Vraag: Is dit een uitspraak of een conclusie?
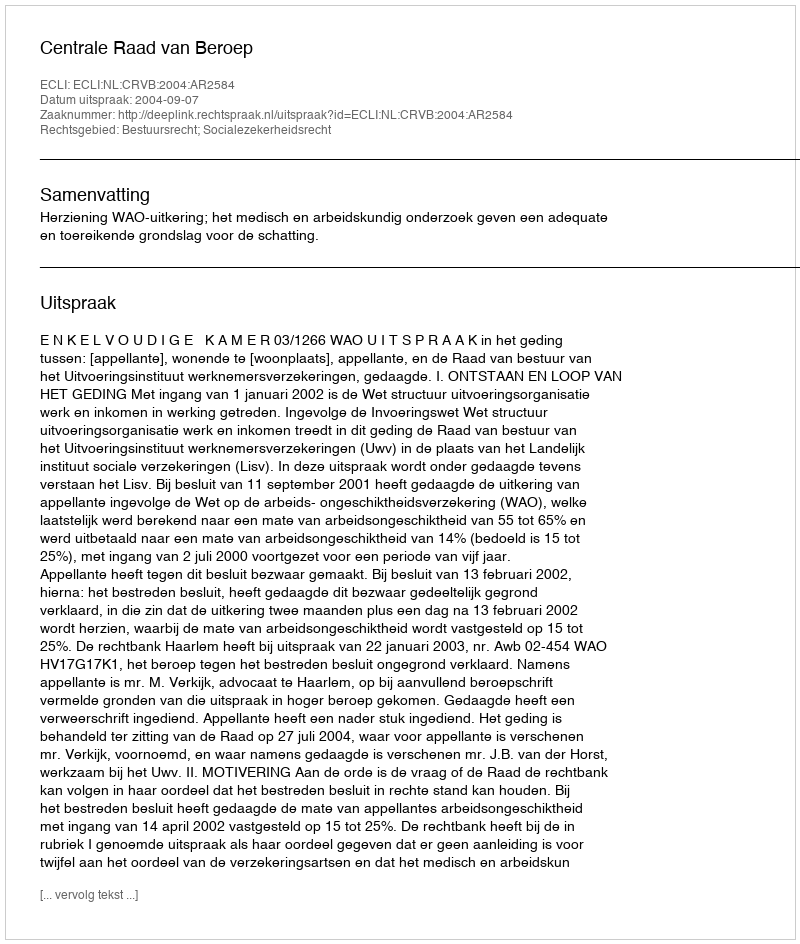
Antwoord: Uitspraak